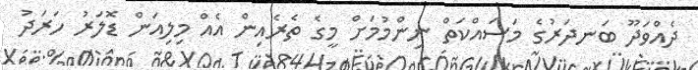
ދެއްވަދޫ ބަނދަރުގެ މަސައްކަތް ނިންމުމަށް މީގެ ތެރެއިން އެއް މިލިއަން ޑޮލަރު ހަރަދު